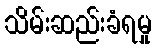
သိမ်းဆည်းခံရမှု